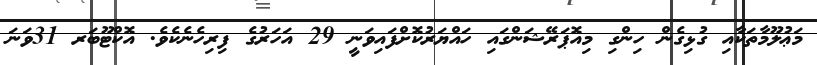
މަޢުލޫމާތަކާއި ގުޅިގެން ހިންގި މިއޮޕަރޭޝަންގައި ހައްޔަރުކޮށްފައިވަނީ 29 އަހަރުގެ ފިރިހެނެކެވެ. އޮކްޓޫބަރ 31ވަނަ